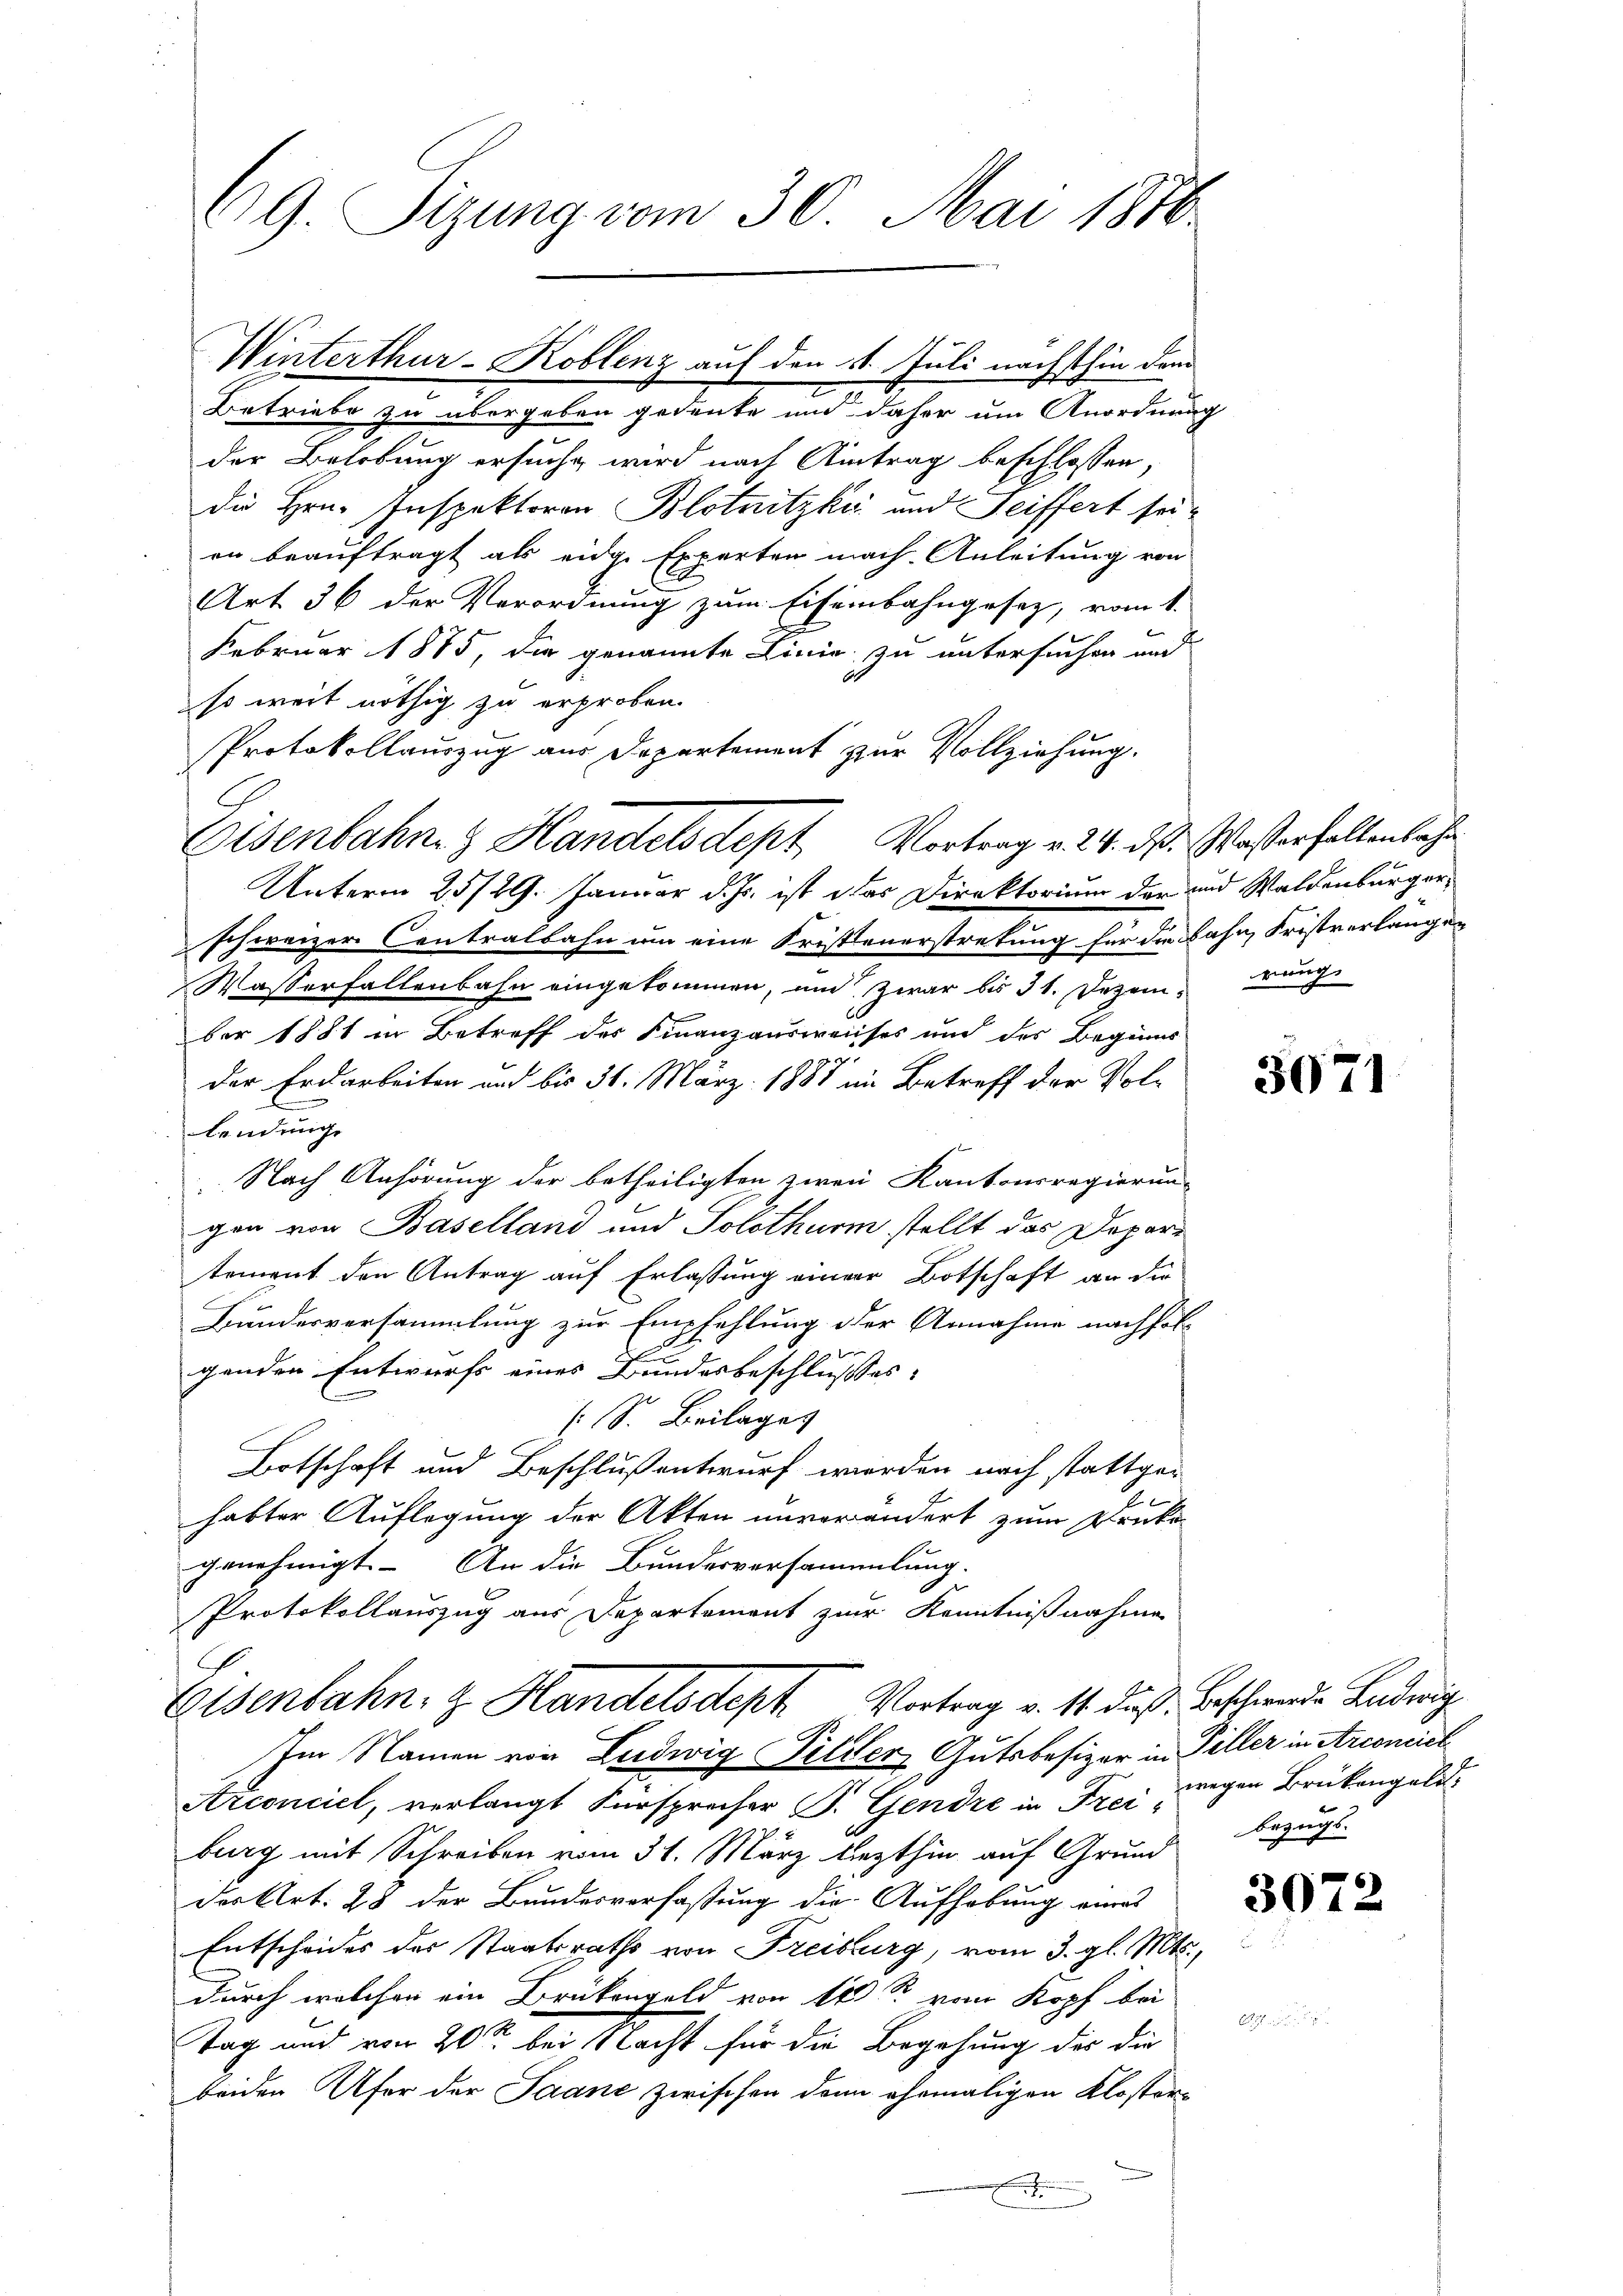
69 Sizung vom 30. Mai 1870

Betriebe zu übergeben gedeute und daher um Anordnung
der Belobung ersuche wird nach Antrag beschlossen,
di Hrn. Inspektoren Blotnitzki und Seiffert seien beauftragt als eidge Experten mach Anleitung von
Art 36 der Verordnung zum Eisenbahngesetz, vom 1.
Februar 1885, die genannte Linie zu untersuchen und
so weit nöthig zu erproben.
Protokollauszug aus Departement zur Vollziehung.
Unterm 25/29. Januar d. Js. ist das Direktorium der und Waldenburgerschweizer Centralbahn um eine Fristeuerstretung für die Bahn Fristverlangen
Wasserfallenbahn eingekommen, und zwar bis 31. Dezember 1881 in Betreff des Finanzausweises und des Beginns
der Erdarbeiten und bis 31. März 1883 im Betreff der Vollendung
Nach Anhörung der betheiligten zwei Kantonsregierun-
gon von Baselland und Solothurm stellt das Departement den Antrag auf Erlassung einer Botschaft an die
Bundesversammlung zur Empfehlung der Annahme nachfol-
genden Entwurfs eines Bundesbeschlusses
(S. Beilages
Botschaft und Beschluß entwurf werden nach stattgehabter Auflegung der Akten unverändert zum Druke
genehmigt. An die Bundesversammlung.
Protokollauszug aus Departement zur Kenntnißnahme
Eisenbahn, z. Handelsdept Vortrag v. 11. das Beschwerden Anderung
Im Namen von Ludwig Hilder, Gutsbesizer in Piller in Arconiel
Arconciel, verlangt Fürsprecher P. Gendre in Frei-
burg mit Schreiben vom 31. März liezthin auf Grund
der Art. 28 der Bundesverfassung die Aufhebung eines
Entscheides des Staatsraths von Freibburg, vom 3. gl. Mts.,
durch welchen ein Brükengeld von 17 S. vom Kopf bei
Tag und von 20% bei Nacht für die Begehung der die
beiden Ufer der Saane zwischen dann ehemaligen Kloster¬

Winterthur–Koblenz auf den 11. Juli nächsthin dem

Eisenbahn & Handelsdept Vortrag v. 24. ds. Wasserhaltenbahn

rung.

507

wegen Brükengelis
bezugs

3072